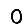
Digit: 0